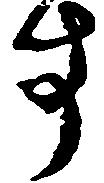
す